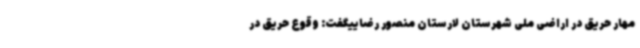
مهار حریق در اراضی ملی شهرستان لارستان منصور رضاییگفت: وقوع حریق در